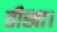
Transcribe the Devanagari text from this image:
तीखा।